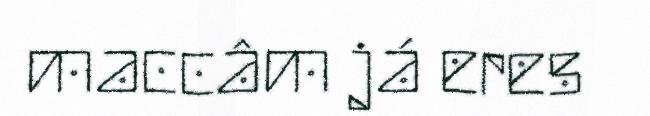
maccâm já eres